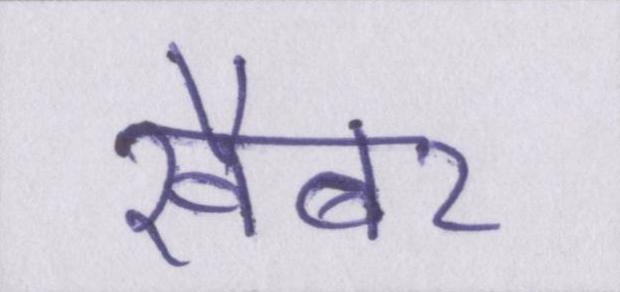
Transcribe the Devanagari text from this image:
खैबर